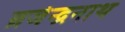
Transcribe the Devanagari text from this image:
ब्रजेन्द्रनाथ